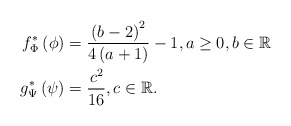
\begin{align*}f^{*}_\Phi \left(\phi\right) & =\frac{\left(b-2\right)^{2}}{4\left(a+1\right)}-1,a\geq0,b\in\mathbb{R}\\g^{*}_\Psi\left(\psi\right) & =\frac{c^{2}}{16},c\in\mathbb{R}.\end{align*}